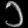
Digit: ၁